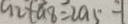
a _ { 2 } + a _ { 8 } = 2 a _ { 5 } - 1